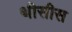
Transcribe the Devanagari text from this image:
थीसीस